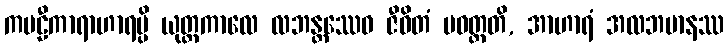
ကဗဠီကာရာဟာရမ္ပိ ယုတ္တကာလေ လဘန္တဿေဝ ဇီဝိတံ ပဝတ္တတိ, အာဟာရံ အလဘမာနဿ